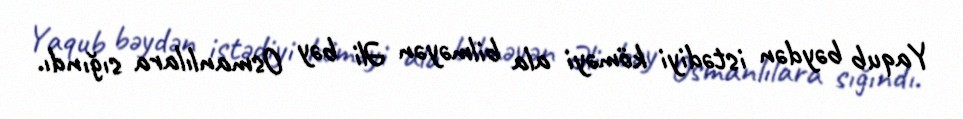
Yaqub bəydən istədiyi köməyi ala bilməyən Əli bəy Osmanlılara sığındı.